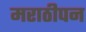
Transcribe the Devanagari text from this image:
मराठीपन